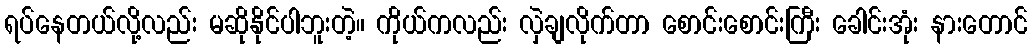
ရပ်နေတယ်လို့လည်း မဆိုနိုင်ပါဘူးတဲ့။ ကိုယ်ကလည်း လှဲချလိုက်တာ စောင်းစောင်းကြီး ခေါင်းအုံး နားတောင်